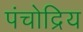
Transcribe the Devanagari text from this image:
पंचोद्रिय